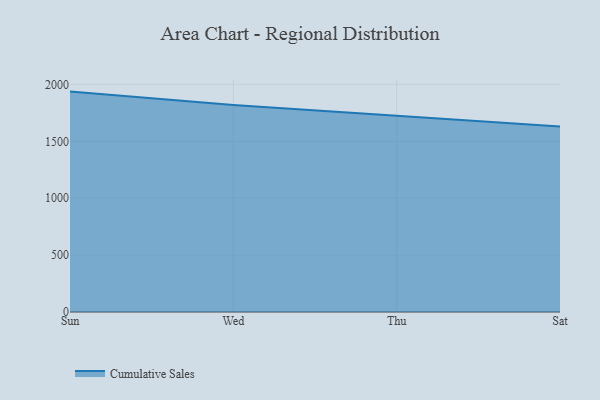
{"axis": {"x": "Day", "y": "LTV (USD)"}, "legend": ["Cumulative Sales"], "data": [{"x": "Sun", "y": 1936.7, "type": "Cumulative Sales"}, {"x": "Wed", "y": 1819.5, "type": "Cumulative Sales"}, {"x": "Thu", "y": 1724.2, "type": "Cumulative Sales"}, {"x": "Sat", "y": 1630.5, "type": "Cumulative Sales"}]}